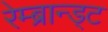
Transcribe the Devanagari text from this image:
रेम्ब्रान्ड्ट